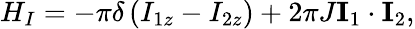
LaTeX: \begin{array}{r}{H_{I}=-\pi\delta\left(I_{1z}-I_{2z}\right)+2\pi J\mathbf{I}_{1}\cdot\mathbf{I}_{2},}\end{array}